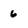
Character: 6